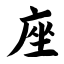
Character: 座